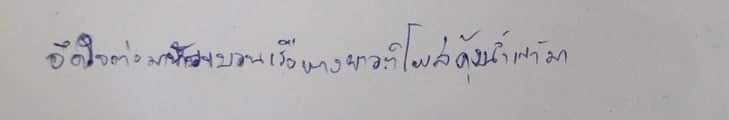
อึดใจต่อมาหัวขบวนเรือหางยาวก็โผล่คุ้งน้ำเข้ามา